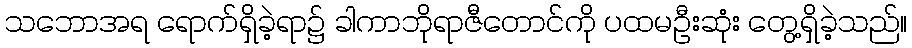
သဘောအရ ရောက်ရှိခဲ့ရာ၌ ခါကာဘိုရာဇီတောင်ကို ပထမဦးဆုံး တွေ့ရှိခဲ့သည်။